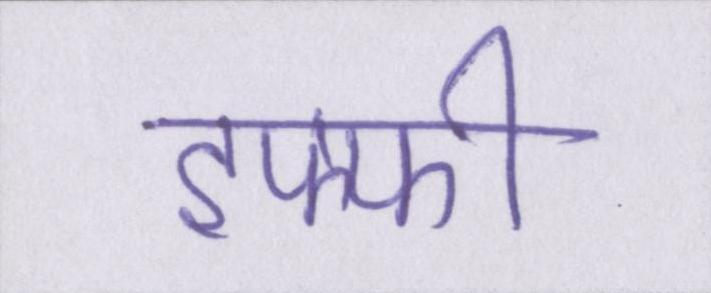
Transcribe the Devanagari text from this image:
इफ्फी